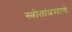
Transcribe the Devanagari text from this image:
स्त्रोतांप्रमाणे